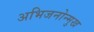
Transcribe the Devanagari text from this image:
अभिजनोन्मुख